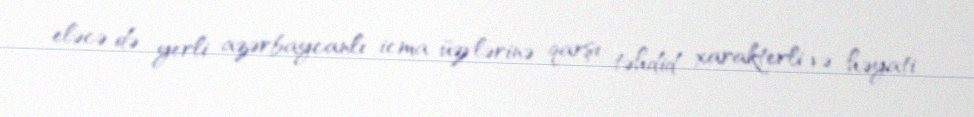
eləcə də yerli azərbaycanlı icma üzvlərinə qarşı təhdid xarakterli və həyati